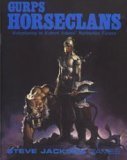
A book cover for GURPS Horseclans: Roleplaying in Robert Adam's Barbarian Future; Steve Jackson; Science Fiction & Fantasy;